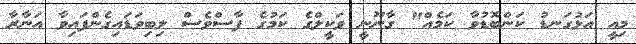
މިއީ އަޅުގަނޑު ކަންބޮޑުވާ ކަމެއް" ގާނޫނީ ވަކީލްގެ ކަމުގެ ފާސްވެސް ލިބިވަޑައިގެންފައިވާ އަނާރާ